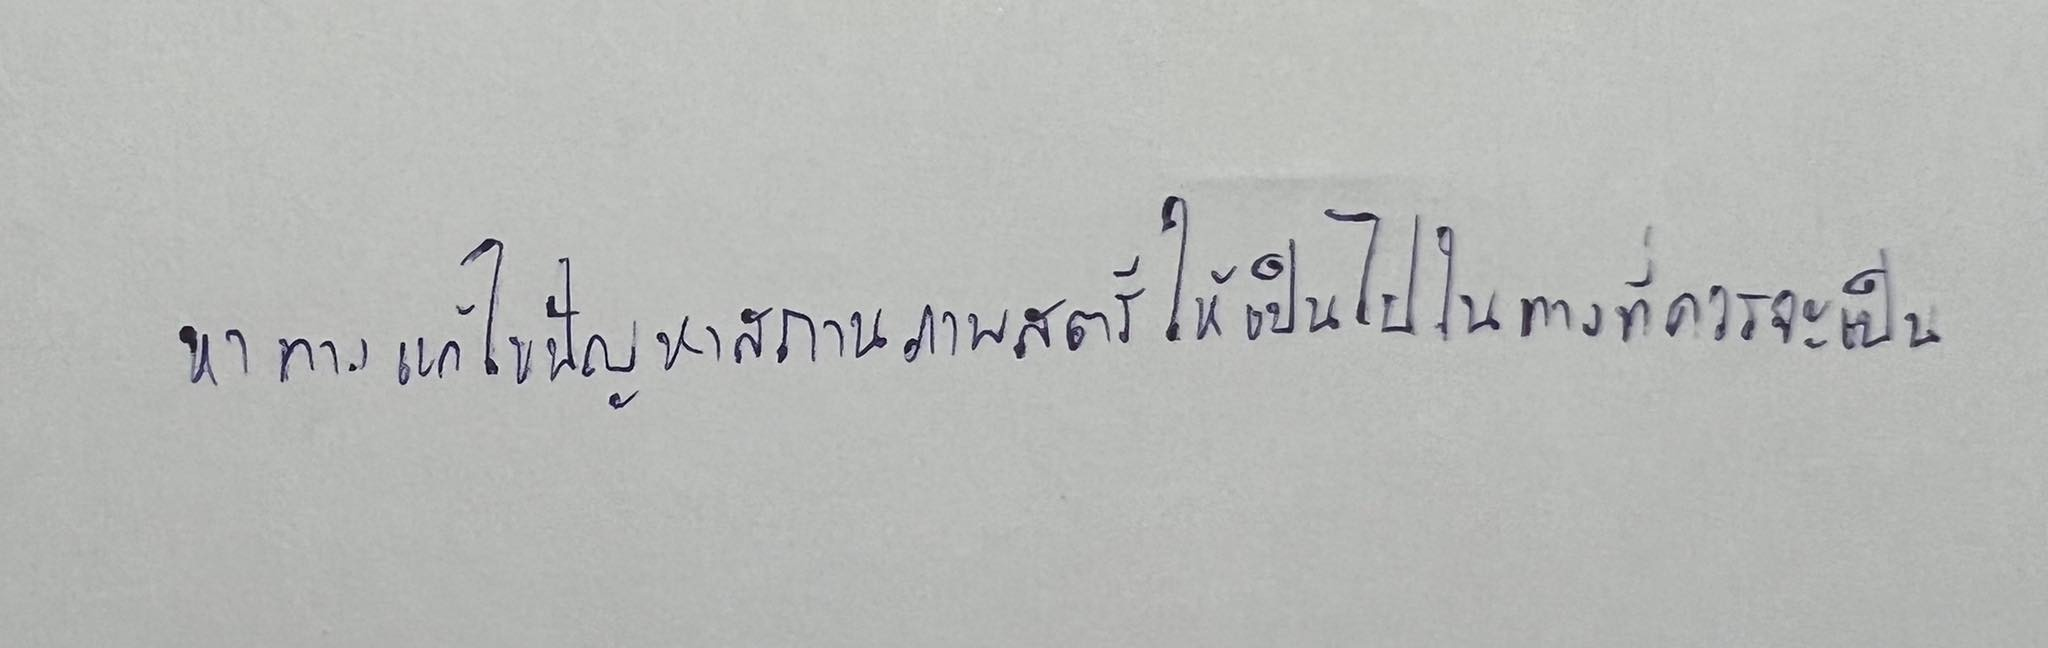
หาทางแก้ไขปัญหาสถานภาพสตรีให้เป็นไปในทางที่ควรจะเป็น